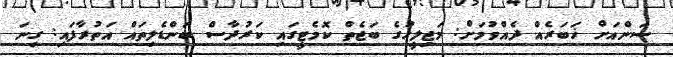
ސަންއަށް ޚަބަރެއް ދެއްވުމަށް: މަޖިލީހުގެ ބަޖެތް ކޮމެޓީގައި ކަރުދާސް ބަންޑެލިތައް އަތުރާފައި: ގިނަ